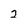
Character: 2